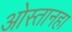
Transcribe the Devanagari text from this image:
ओस्तानहा